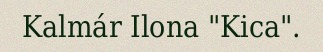
Kalmár Ilona "Kica".